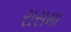
રાસમા